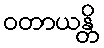
ဝတာယန္တိ